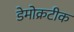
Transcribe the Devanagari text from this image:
डेमोक्रटीक